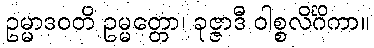
ဥမ္မာဒဝတိ ဥမ္မတ္တော၊ ခုဇ္ဇာဒီ ဝါစ္စလိင်္ဂိကာ။